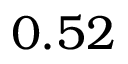
0 . 5 2